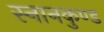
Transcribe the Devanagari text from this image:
स्‍नानकुण्‍ड